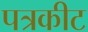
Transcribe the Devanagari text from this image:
पत्रकीट